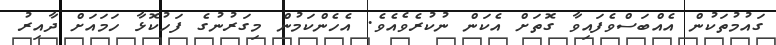
ގައުމުތަކުން އެއްބަސްވެފައިވާ ގޮތަށް އެކަން ނުކުރެވެއެވެ. އެހެންކަމުން މިގަރުނުގެ ފަހުކޮޅާ ހަމައަށް ދާއިރު